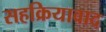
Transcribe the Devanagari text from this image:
सहक्रियावाद